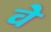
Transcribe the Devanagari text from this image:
वेे